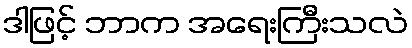
ဒါဖြင့် ဘာက အရေးကြီးသလဲ